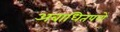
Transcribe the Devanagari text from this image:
अबाधितपणे